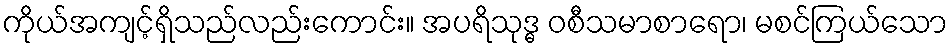
ကိုယ်အကျင့်ရှိသည်လည်းကောင်း။ အပရိသုဒ္ဓ ဝစီသမာစာရော၊ မစင်ကြယ်သော